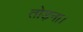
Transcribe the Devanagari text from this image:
तोड़ना।